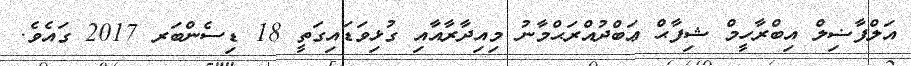
އަލްފާޟިލް އިބްރާހީމް ޝިފާޙް ޢަބްދުއްރަޙްމާނު މިއިދާރާއާއި ގުޅިވަޑައިގަތީ 18 ޑިސެންބަރ 2017 ގައެވެ.